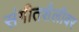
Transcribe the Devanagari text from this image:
संगीतशैलीवर